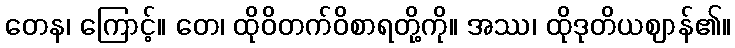
တေန၊ ကြောင့်။ တေ၊ ထိုဝိတက်ဝိစာရတို့ကို။ အဿ၊ ထိုဒုတိယဈာန်၏။